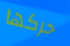
حركها